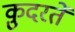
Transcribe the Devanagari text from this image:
क़ुदरतें